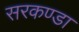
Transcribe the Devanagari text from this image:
सरकण्डा